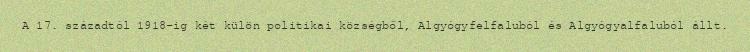
A 17. századtól 1918-ig két külön politikai községből, Algyógyfelfaluból és Algyógyalfaluból állt.